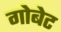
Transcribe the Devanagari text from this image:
गोबेट